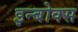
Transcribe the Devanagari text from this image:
इन्बोक्स